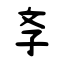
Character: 斈